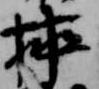
挿